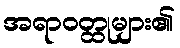
အရာဝတ္ထုများ၏